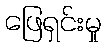
ဖြေရှင်းမှု